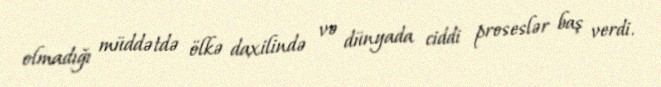
olmadığı müddətdə ölkə daxilində və dünyada ciddi proseslər baş verdi.